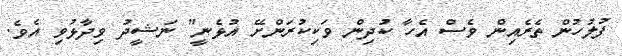
ފުލުހުން ތެރެއިން ވެސް އެހާ ކުދިން ވަކިކުރަންށޭ އުޅެނީ" ނަޝީދު ވިދާޅުވި އެވެ.